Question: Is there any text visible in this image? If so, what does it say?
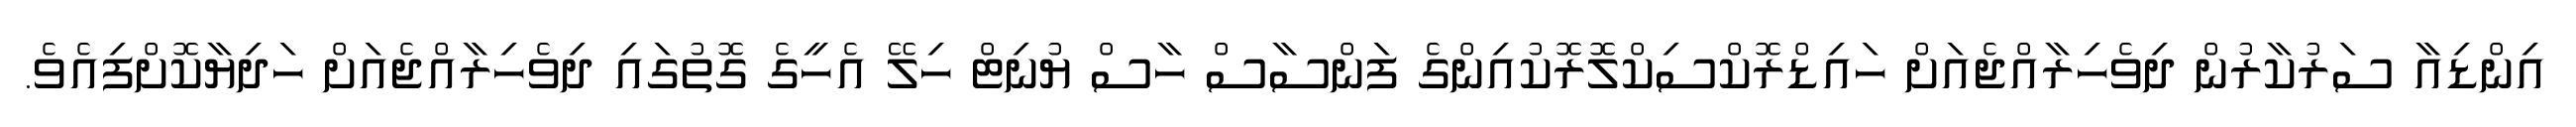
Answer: އިންޑިއާ ސަރުކާރުން ދިވެހިރާއްޖެއަށް ހައިޑްރޮކްސިކްލޮރޮކުއިންގެ ފަންސާސް ހާސް ޔުނިޓް ހިލޭ އެހީގެ ގޮތުގައި ދިވެހިރާއްޖެއަށް ހަދިޔާކޮށްފިއެވެ.